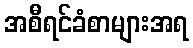
အစီရင်ခံစာများအရ